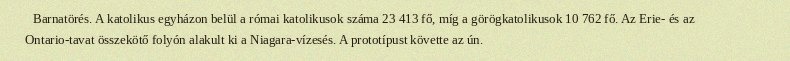
Barnatörés. A katolikus egyházon belül a római katolikusok száma 23 413 fő, míg a görögkatolikusok 10 762 fő. Az Erie- és az Ontario-tavat összekötő folyón alakult ki a Niagara-vízesés. A prototípust követte az ún.